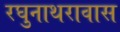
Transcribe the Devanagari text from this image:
रघुनाथरावास